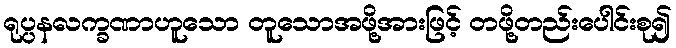
ရုပ္ပနလက္ခဏာဟူသော တူသောအဖို့အားဖြင့် တဖို့တည်းပေါင်းစု၍